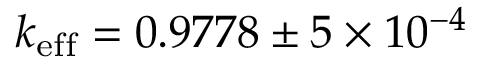
k _ { \mathrm { e f f } } = 0 . 9 7 7 8 \pm 5 \times 1 0 ^ { - 4 }